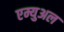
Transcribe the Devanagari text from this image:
एम्युअल